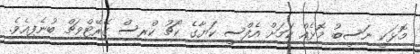
މޮޅަކީ ނަސީބު މޮޅެއް ކަމަށް އެފްސީ ކަޔާގެ ކޯޗު ކްރިސް ގޭރޭޓްވިޗް ބުނެފިއެވެ.